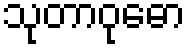
သုတာဝုဓော